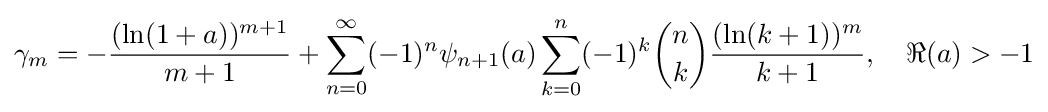
\gamma _{m}=-{\frac {(\ln(1+a))^{m+1}}{m+1}}+\sum _{n=0}^{\infty }(-1)^{n}\psi _{n+1}(a)\sum _{k=0}^{n}(-1)^{k}{\binom {n}{k}}{\frac {(\ln(k+1))^{m}}{k+1}},\quad \Re (a)>-1